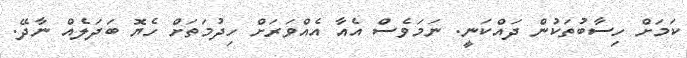
ކަމަށް ހިސާބުތަކުން ދައްކަނީ. ނަމަވެސް އެއާ އެއްވަރަށް ހިދުމަތަށް ހެޔޮ ބަދަލެއް ނާދޭ.